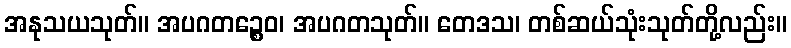
အနုသယသုတ်။ အပဂတဉ္စေဝ၊ အပဂတသုတ်။ တေဒသ၊ တစ်ဆယ်သုံးသုတ်တို့လည်း။